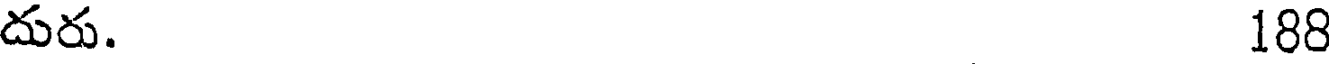
దురు. 188